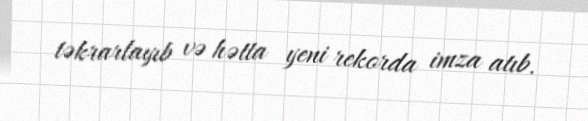
təkrarlayıb və hətta yeni rekorda imza atıb.